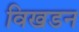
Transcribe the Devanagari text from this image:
विखडन